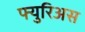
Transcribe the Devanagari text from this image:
फ्युरिअस